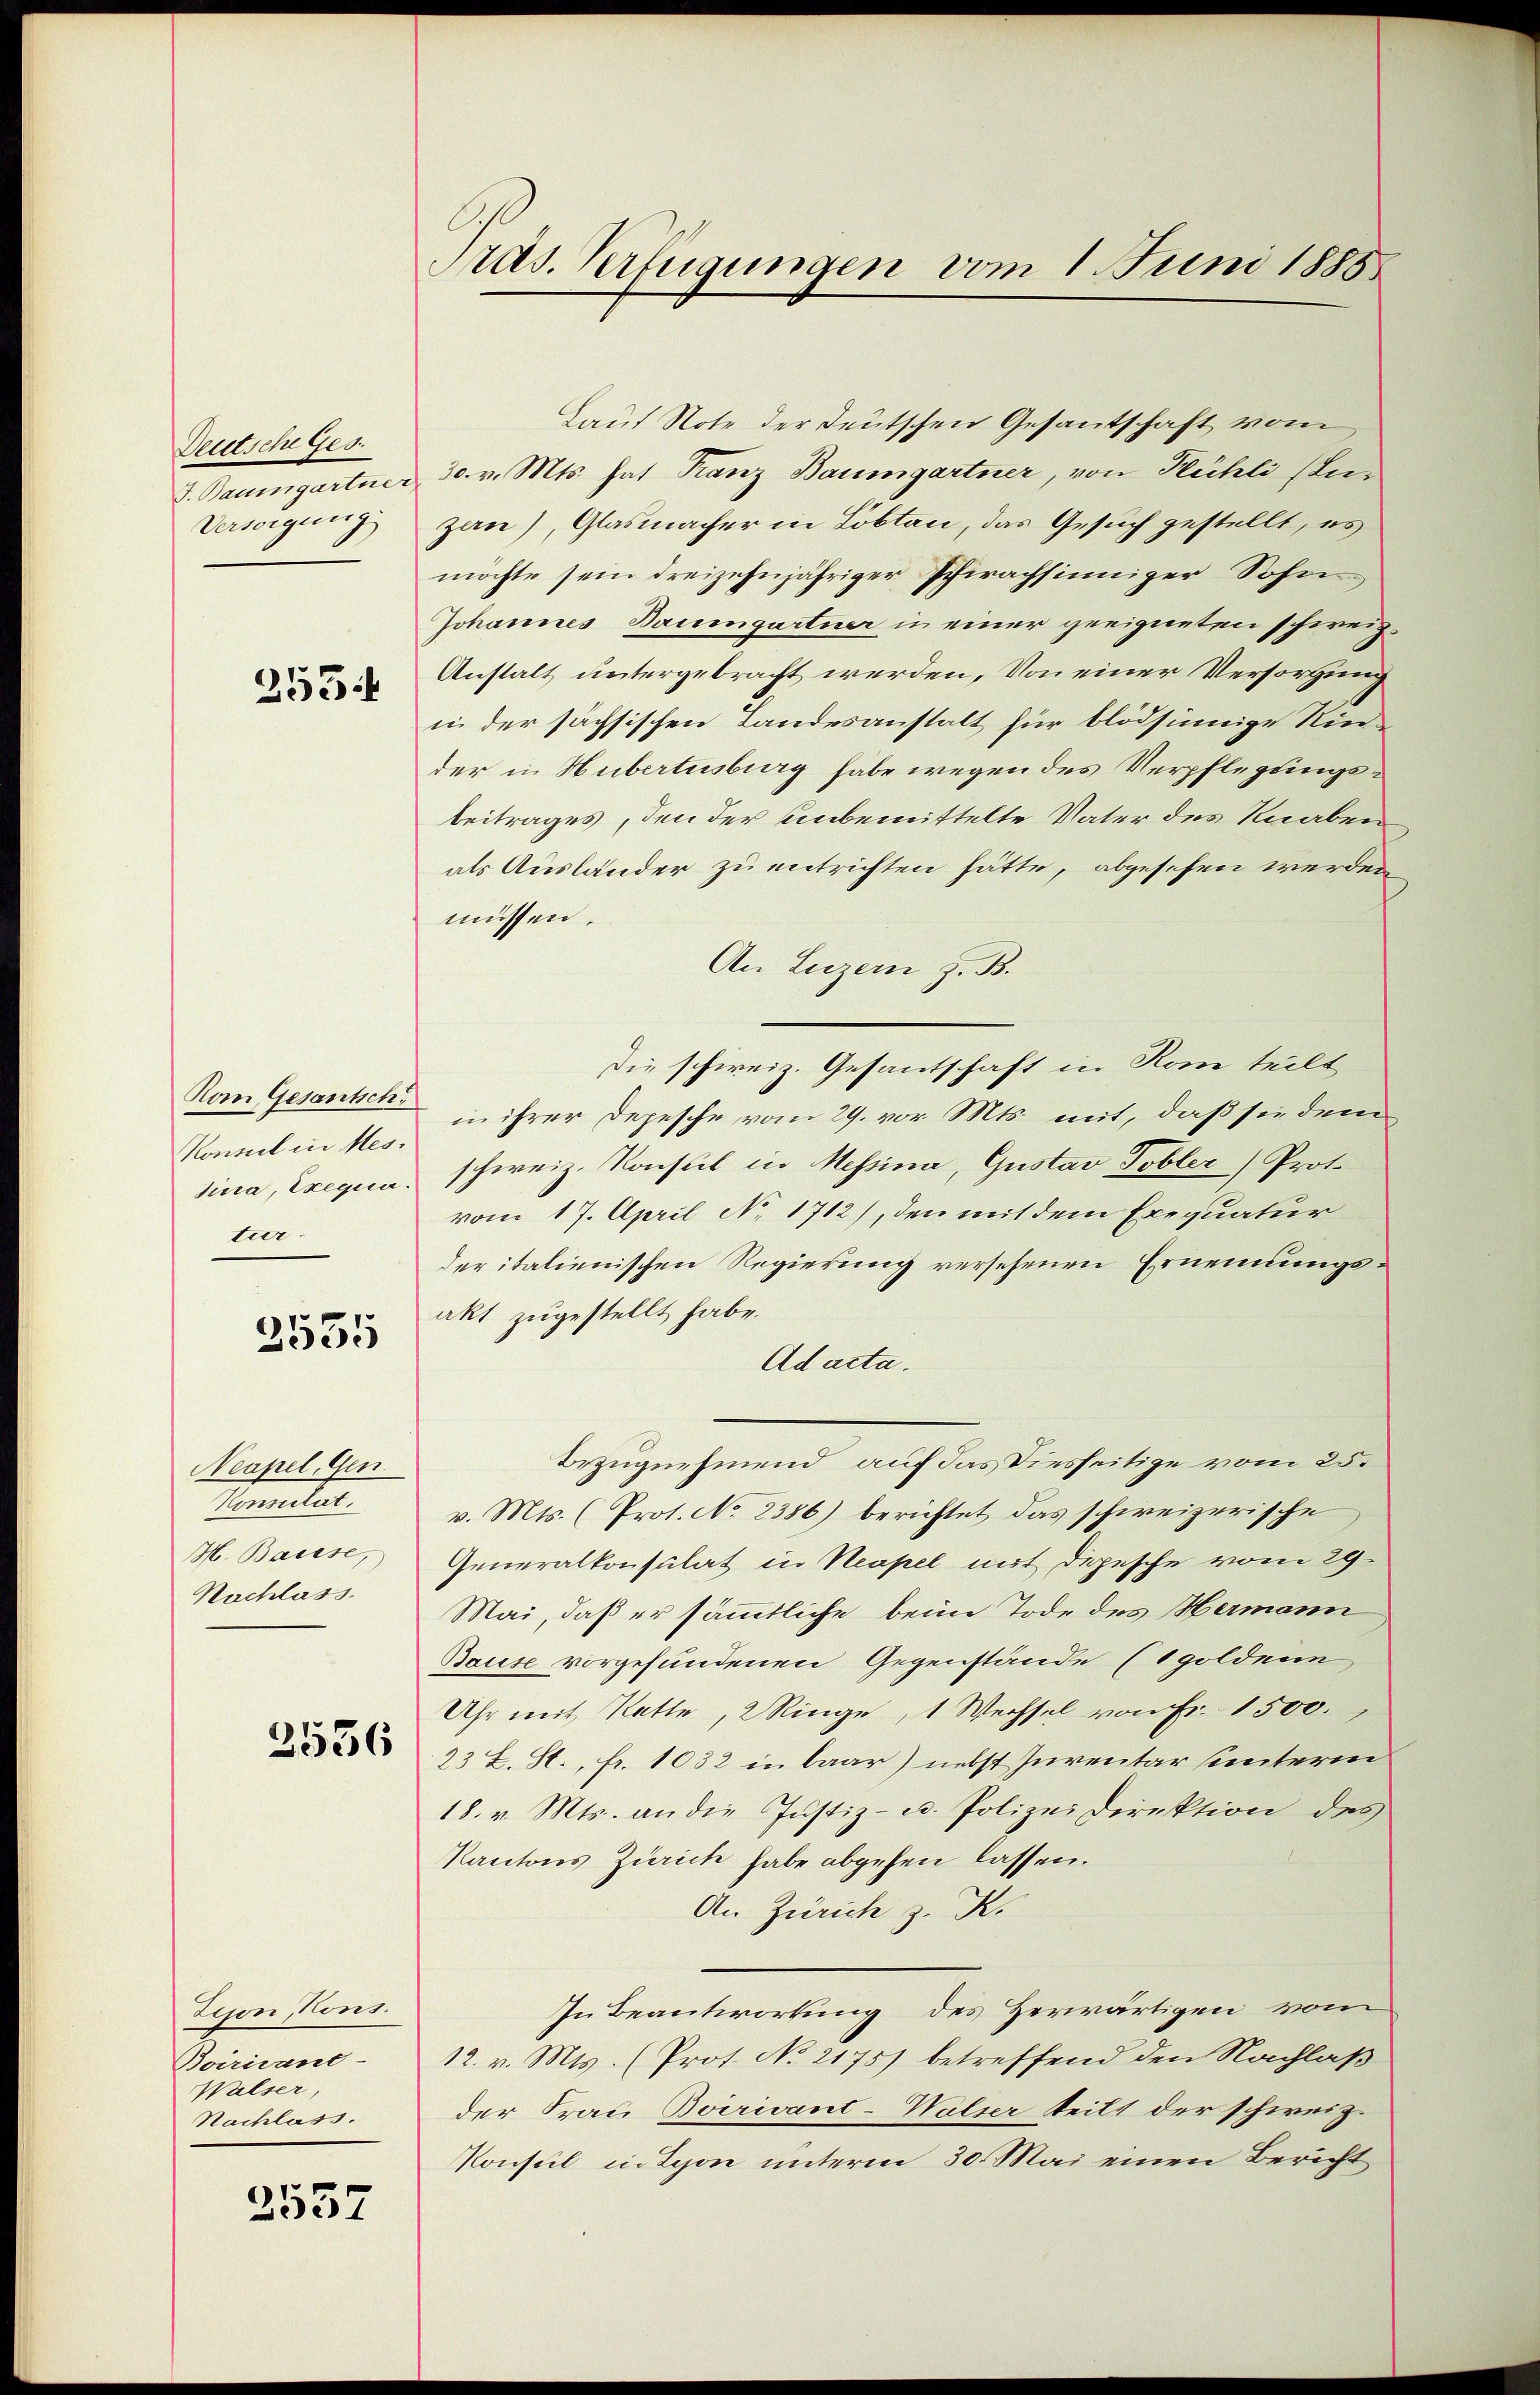
Deutsche Ges.
J. Baumgartne
Versorgung

253

Hom Gesantsch
Konsul in Messina, Exequa
teer.

2555

Neapel, Gen
Consulat.
H. Basese,
Nachlass.

2536

Lijon Kons.
Boiricant-
Walser,
Nachlass.

2557

Pras. Verfügungen vom 1. Juni 1885

Lauf Note der Deutschen Gesantschaft vom
30. v. Mts. hat Franz Baumgartner, von Kühli (Inzau), Glasmacher in Lobten, das Gesuch gestellt, es
möchte sein dreizehnjähriger Schrachsinniger Sohne
Johannes Baumgartner in einer geeigneten schweiz.
Anstalt untergebracht werden, Von einer Versorgung
in der sächsischen Landesanstalt für blödsinige Rinder in Hubertusburg habe wegen des Verpflegungsbeitrages, den der unbemittelte Vater des Knaben
als Ausländer zu entrichten hätte, abgesehen werden
müssen.
An Luzern z. B.
die schweiz. Gesantschaft in Rom teilt
in ihrer Depesche vom 29. vor. Mts. mit, daß sie dem
schweiz. Konsul in Messina, Gustav Tobler, Prot.
vom 17. April No 1712), den mit dem Exequatur
der italienischen Regierung versehenen Ernennungs-
akt zugestellt habe.
Ad acta.
Bezugnehmend, auf das diesseitige vom 25.
v. Mts. (Prot. No 2386) berichtet das schweizerische
Generalkonsulat in Neapel mit Depesche vom 29.
Mai, daß er sämmtliche beim Tode des Hermann
Bause vorgefundenen Gegenstände (goldenn
Uhr mit Katte, 2 Ringe, 1 Wechsel von Fr. 1500.
23 L. St. fr. 1032 in baar) nebst Inventar unterin
18. v. Mts. an die Justiz- u. Polizei Direktion des
Kantons Zürich habe abgehen lassen.
An Zürich z. K.
In Beantwortung des Herwärtigen vom
12. v. Mts. (Prof. No 2175) betreffend den Nachlaß
der Frau Boirivant-Walser teilt der schweiz.
Konsul in Lyon unterm 30. Mai einen Bericht